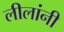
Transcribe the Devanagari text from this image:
लीलांनी